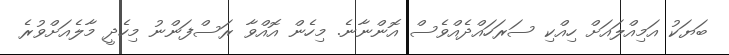
ބަޔަކު އަމިއްލައަށް ހިއްކި ސަރަހައްދެއްވެސް އޮންނާނެ. މިހެން އޮއްވާ ރަސްފަންނު މިހެދީ މާލެއަށްވުރެ